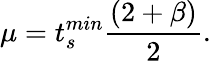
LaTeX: \mu=t_{s}^{min}\frac{(2+\beta)}{2}.